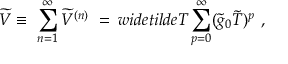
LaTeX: \widetilde V \equiv \ \sum _ { n = 1 } ^ { \infty } \widetilde V ^ { ( n ) } \ = \, w i d e t i l d e T \sum _ { p = 0 } ^ { \infty } ( \widetilde g _ { 0 } \widetilde T ) ^ { p } \ ,